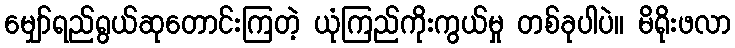
မျှော်ရည်ရွယ်ဆုတောင်းကြတဲ့ ယုံကြည်ကိုးကွယ်မှု တစ်ခုပါပဲ။ မိရိုးဖလာ